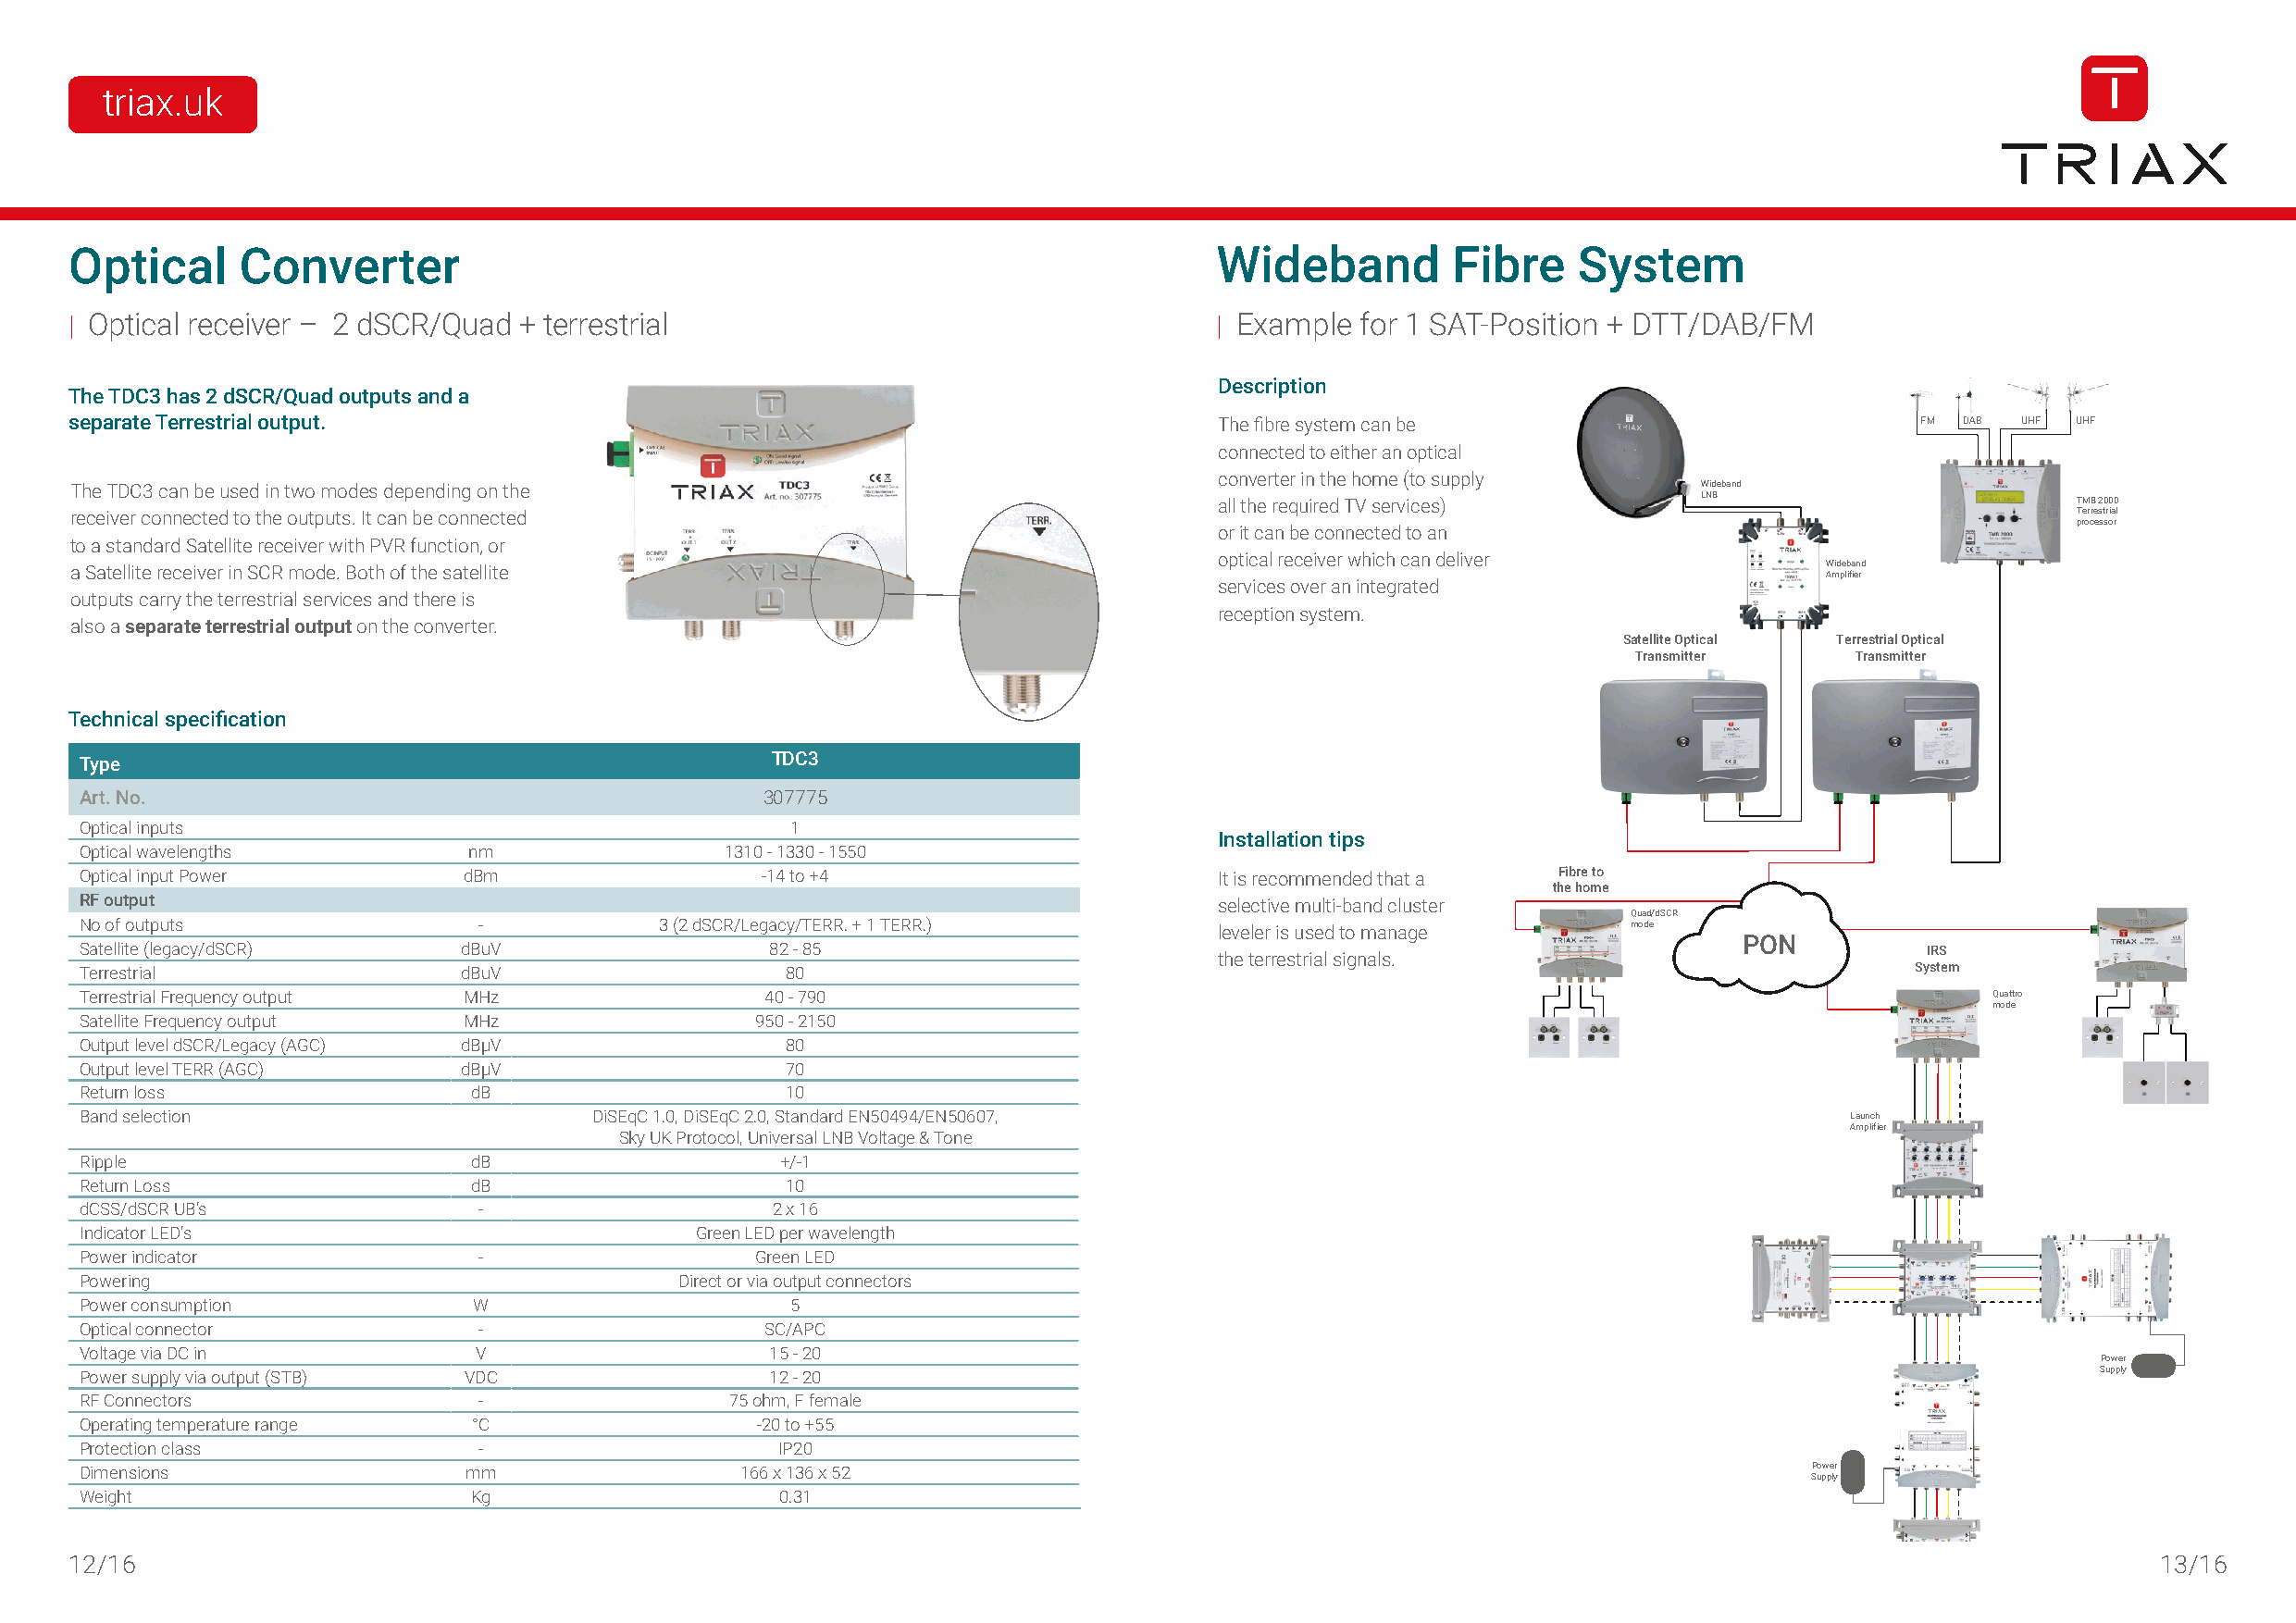
triax.uk
 Optical     Converter                                                             Wideband         Fibre    System
 | Optical receiver – 2 dSCR/Quad + terrestrial                                    | Example for 1 SAT-Position + DTT/DAB/FM
 Description
 The TDC3 has 2 dSCR/Quad outputs and a
 separate Terrestrial output.                                                      The fibre system can be                           FM DAB  UHF UHF
 connected to either an optical
 converter in the home (to supply
 The TDC3 can be used in two modes depending on the                                                                   Wideband
 all the required TV services)      LNB                        TMB 2000
 receiver connected to the outputs. It can be connected                                                                                          Terrestrial
 processor
 or it can be connected to an
 to a standard Satellite receiver with PVR function, or
 optical receiver which can deliver
 a Satellite receiver in SCR mode. Both of the satellite                                                                       W Amid pe lb ifa ien rd
 services over an integrated
 outputs carry the terrestrial services and there is
 reception system.
 also a separate terrestrial output on the converter.
 Satellite Optical Terrestrial Optical
 Transmitter     Transmitter
 Technical specification
 Type                                             TDC3
 Art. No.                                         307775
 Optical inputs                                     1
 Installation tips
 Optical wavelengths         nm                1310 - 1330 - 1550
 Optical input Power        dBm                  -14 to +4                        It is recommended that a Fibre to
 the home
 RF output                                                                        selective multi-band cluster
 Quad/dSCR
 No of outputs               -            3 (2 dSCR/Legacy/TERR. + 1 TERR.)       leveler is used to manage     mode
 PON
 Satellite (legacy/dSCR)    dBuV                  82 - 85                                                                            IRS
 the terrestrial signals.
 Terrestrial                dBuV                   80                                                                               System
 Terrestrial Frequency output MHz                 40 - 790                                                                                Quattro
 mode
 Satellite Frequency output MHz                  950 - 2150
 Output level dSCR/Legacy (AGC) dBµV               80
 Output level TERR (AGC)    dBµV                   70
 Return loss                 dB                    10
 Band selection                      DiSEqC 1.0, DiSEqC 2.0, Standard EN50494/EN50607,                                         Launch
 Amplifier
 Sky UK Protocol, Universal LNB Voltage & Tone
 Ripple                      dB                    +/-1
 Return Loss                 dB                    10
 dCSS/dSCR UB’s              -                    2 x 16
 Indicator LED’s                             Green LED per wavelength
 Power indicator             -                   Green LED
 Powering                                   Direct or via output connectors
 Power consumption           W                      5
 Optical connector           -                    SC/APC
 Voltage via DC in           V                    15 - 20
 Power
 Power supply via output (STB) VDC                12 - 20                                                                                        Supply
 RF Connectors               -                 75 ohm, F female
 Operating temperature range °C                  -20 to +55
 Protection class            -                     IP20
 Dimensions                 mm                  166 x 136 x 52                                                               Power
 Supply
 Weight                      Kg                    0.31
 Multi
 12/16                                                                                                                                    switch      13/16